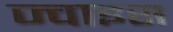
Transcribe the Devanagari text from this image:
ज्वाइस